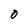
Character: O